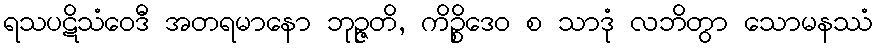
ရသပဋိသံဝေဒီ အတရမာနော ဘုဉ္ဇတိ, ကိဉ္စိဒေဝ စ သာဒုံ လဘိတွာ သောမနဿံ